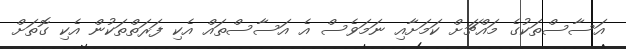
އަސާސްތަކުގެ މައްޗަށް ކަމަށާއި ނަމަވެސް އެ އަސާސްތައް އެކި ފަރަތްތަކުން އެކި ގޮތަށް